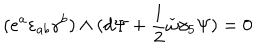
( e ^ { a } \varepsilon _ { a b } \gamma ^ { b } ) \wedge ( d \Psi + { \frac { 1 } { 2 } } \check { \omega } \gamma _ { 5 } \Psi ) = 0